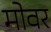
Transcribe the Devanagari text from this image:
मोवर